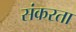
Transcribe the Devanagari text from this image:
संकरता